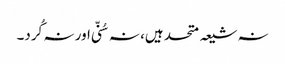
نہ شیعہ متحد ہیں، نہ سُنّی اور نہ کُرد۔